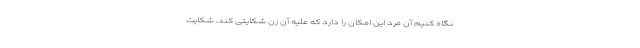
نگاه کنیم آن مرد این امکان را دارد که علیه آن زن شکایتی کند، شکایت